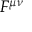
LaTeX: F ^ { \mu \nu }